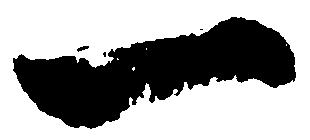
一